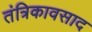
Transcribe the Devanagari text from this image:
तंत्रिकावसाद